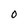
Character: 0